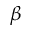
\beta